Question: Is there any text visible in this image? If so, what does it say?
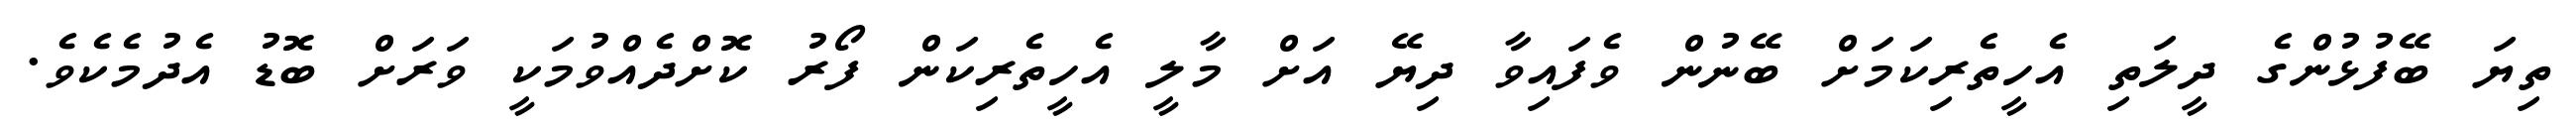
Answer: ތިޔަ ބޭފުޅުންގެ ދީލަތި އެހީތެރިކަމަށް ބޭނުން ވެފައިވާ ދިޔޭ އަށް މާލީ އެހީތެރިކަން ފޯރު ކޮށްދެއްވުމަކީ ވަރަށް ބޮޑު އެދުމެކެވެ.